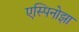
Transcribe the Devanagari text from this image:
एस्पिनोझा